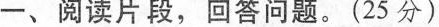
一、阅读片段，回答问题。(25分)